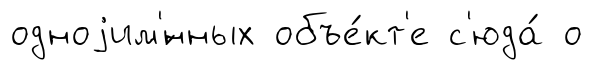
одноjим'́нных объе́кт'е с'юда́ о